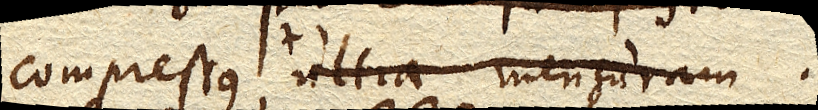
compressus ultra mensuram